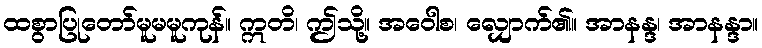
ထစွာပြုတော်မူမမူကုန်။ ဣတိ၊ ဤသို့။ အဝေါစ၊ လျှောက်၏။ အာနန္ဒ၊ အာနန္ဒာ။